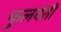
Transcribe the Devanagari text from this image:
फुलवंती